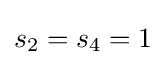
s_{2}=s_{4}=1